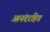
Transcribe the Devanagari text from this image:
आनंदरहित